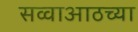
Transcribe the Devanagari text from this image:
सव्वाआठच्या